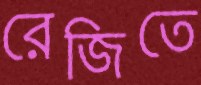
রেজিতে